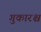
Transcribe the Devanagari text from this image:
गुकारश्च